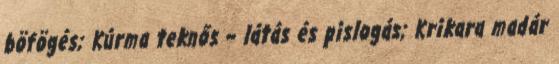
böfögés; Kúrma teknős – látás és pislogás; Krikara madár